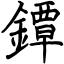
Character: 鐔